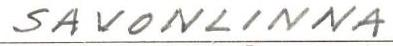
SAVONLINNA